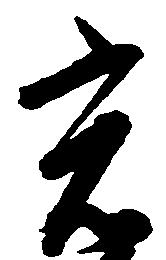
光